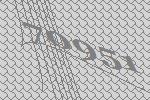
70951